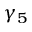
\gamma _ { 5 }